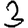
Digit: 3